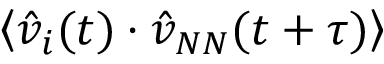
\left< \hat { v } _ { i } ( t ) \cdot \hat { v } _ { N N } ( t + \tau ) \right>